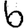
Digit: 6